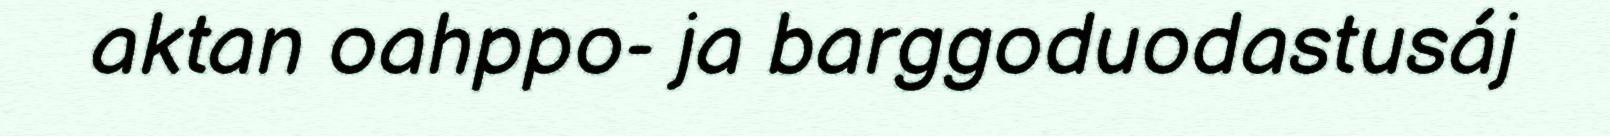
aktan oahppo- ja barggoduodastusáj